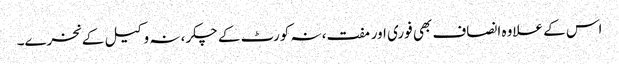
اس کے علاوہ انصاف بھی فوری اور مفت، نہ کورٹ کے چکر، نہ وکیل کے نخرے۔